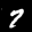
Label: 7